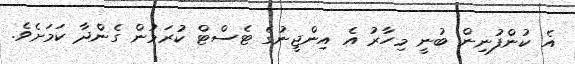
އެ ކުންފުނިން ބުނީ މިހާރު އެ އިންޖީނުގެ ޓެސްޓް ކުރަމުން ގެންދާ ކަމަށެވެ.